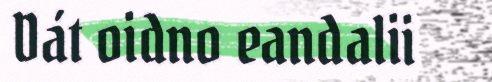
Dát oidno eandalii